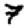
Digit: 7